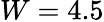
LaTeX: W=4.5